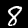
Digit: 8